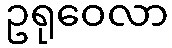
ဥရုဝေလာ